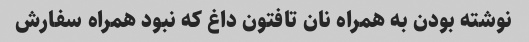
نوشته بودن به همراه نان تافتون داغ که نبود همراه سفارش